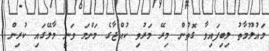
މައުލޫމާތު ލިބިފައިވާ ގޮތުން މިރޭ މަރުވި ކުއްޖާގެ މަންމަ ވަނީ މާލޭގައި ކުރިން